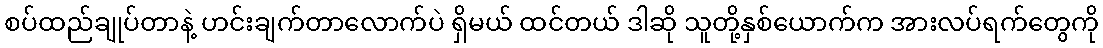
စပ်ထည်ချုပ်တာနဲ့ ဟင်းချက်တာလောက်ပဲ ရှိမယ် ထင်တယ် ဒါဆို သူတို့နှစ်ယောက်က အားလပ်ရက်တွေကို